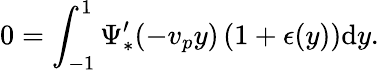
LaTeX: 0=\int_{-1}^{1}\Psi_{*}^{\prime}(-v_{p}y)\left(1+\epsilon(y)\right)\mathrm{d}y.